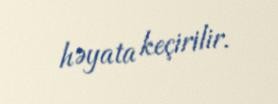
həyata keçirilir.